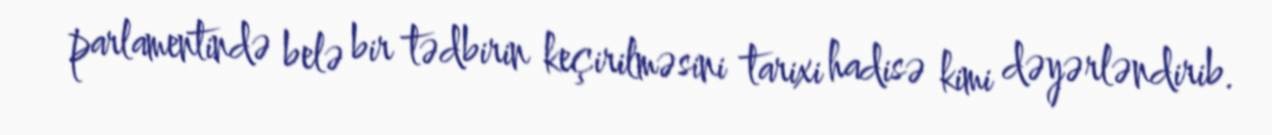
parlamentində belə bir tədbirin keçirilməsini tarixi hadisə kimi dəyərləndirib.